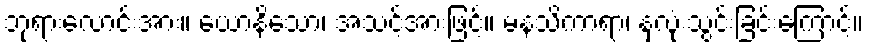
ဘုရားလောင်းအား။ ယောနိသော၊ အသင့်အားဖြင့်။ မနသိကာရာ၊ နှလုံးသွင်းခြင်းကြောင့်။